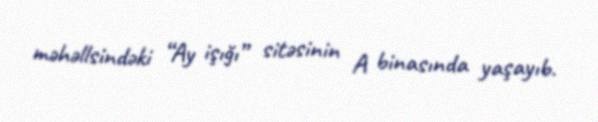
məhəllsindəki “Ay işığı” sitəsinin A binasında yaşayıb.